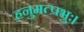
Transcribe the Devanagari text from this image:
हनुमत्प्रभुः।